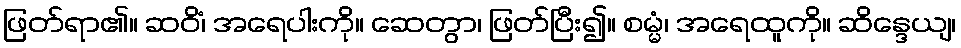
ဖြတ်ရာ၏။ ဆဝိံ၊ အရေပါးကို။ ဆေတွာ၊ ဖြတ်ပြီး၍။ စမ္မံ၊ အရေထူကို။ ဆိန္ဒေယျ၊